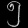
Digit: ၅